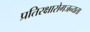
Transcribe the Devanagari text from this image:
प्रतिरक्षारोगजन्यता